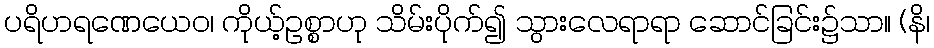
ပရိဟရဏေယေဝ၊ ကိုယ့်ဥစ္စာဟု သိမ်းပိုက်၍ သွားလေရာရာ ဆောင်ခြင်း၌သာ။ (နိ၊